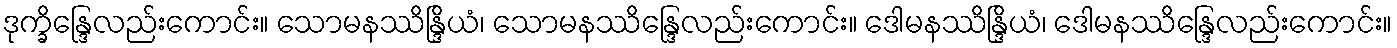
ဒုက္ခိန္ဒြေလည်းကောင်း။ သောမနဿိန္ဒြိယံ၊ သောမနဿိန္ဒြေလည်းကောင်း။ ဒေါမနဿိန္ဒြိယံ၊ ဒေါမနဿိန္ဒြေလည်းကောင်း။